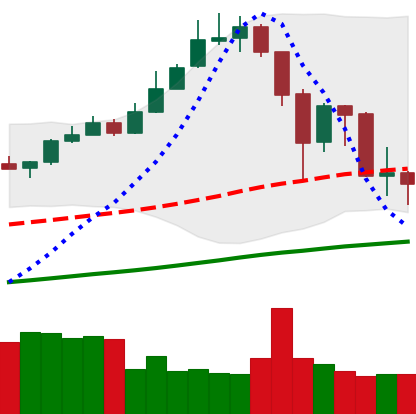
Ticker: XMR-USD
Chart end date: 2019-07-02
Forward return: 24.249%
Label: up_7plus